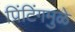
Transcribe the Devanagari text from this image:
प्रिंटिंगमुळे